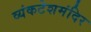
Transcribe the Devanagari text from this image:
व्यंकटेशमंदिर